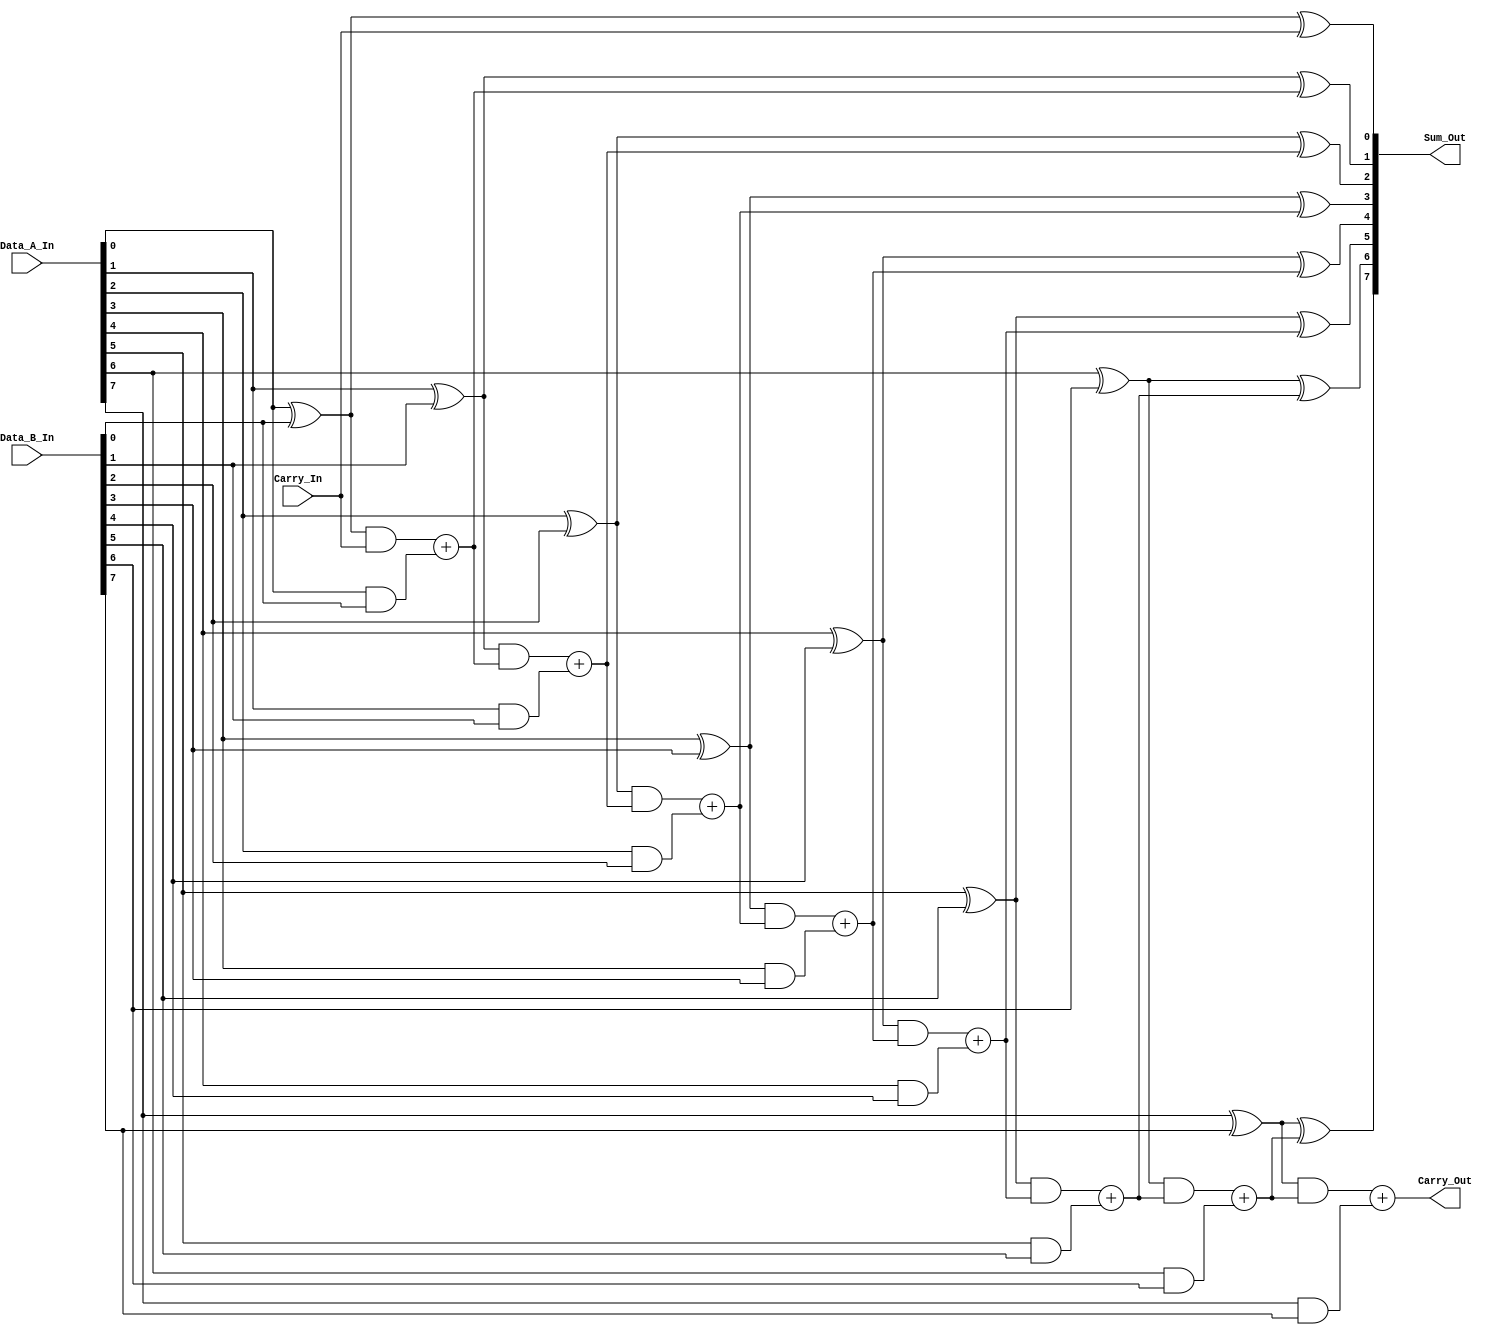
/*
**************************************************
        Look Ahead Carry Generator - 8-Bit
**************************************************

This is a verilog code, to implement a 8-Bit Look Ahead Carry Generator.

--------------------------------------------------
Author : Prasad Narayan Ghatol
--------------------------------------------------
*/



module Look_Ahead_Carry_Generator_8_Bit (
    input  [7:0] Data_A_In,
    input  [7:0] Data_B_In,
    input        Carry_In,

    output [7:0] Sum_Out,
    output       Carry_Out
);



// --------------------------------------------------
// wires and regs
// --------------------------------------------------
wire [7:0] P;
wire [7:0] G;
wire [7:0] C;



// --------------------------------------------------
// Carry Propogate
// --------------------------------------------------
assign P[0] = Data_A_In[0] ^ Data_B_In[0];
assign P[1] = Data_A_In[1] ^ Data_B_In[1];
assign P[2] = Data_A_In[2] ^ Data_B_In[2];
assign P[3] = Data_A_In[3] ^ Data_B_In[3];
assign P[4] = Data_A_In[4] ^ Data_B_In[4];
assign P[5] = Data_A_In[5] ^ Data_B_In[5];
assign P[6] = Data_A_In[6] ^ Data_B_In[6];
assign P[7] = Data_A_In[7] ^ Data_B_In[7];



// --------------------------------------------------
// Carry Generate
// --------------------------------------------------
assign G[0] = Data_A_In[0] & Data_B_In[0];
assign G[1] = Data_A_In[1] & Data_B_In[1];
assign G[2] = Data_A_In[2] & Data_B_In[2];
assign G[3] = Data_A_In[3] & Data_B_In[3];
assign G[4] = Data_A_In[4] & Data_B_In[4];
assign G[5] = Data_A_In[5] & Data_B_In[5];
assign G[6] = Data_A_In[6] & Data_B_In[6];
assign G[7] = Data_A_In[7] & Data_B_In[7];



// --------------------------------------------------
// Look Ahead Carry Generator - 8-Bit Logic
// --------------------------------------------------
assign C[0] = (P[0] & Carry_In) + G[0];
assign C[1] = (P[1] & ((P[0] & Carry_In) + G[0])) + G[1];
assign C[2] = (P[2] & ((P[1] & ((P[0] & Carry_In) + G[0])) + G[1])) + G[2];
assign C[3] = (P[3] & ((P[2] & ((P[1] & ((P[0] & Carry_In) + G[0])) + G[1])) + G[2])) + G[3];
assign C[4] = (P[4] & ((P[3] & ((P[2] & ((P[1] & ((P[0] & Carry_In) + G[0])) + G[1])) + G[2])) + G[3])) + G[4];
assign C[5] = (P[5] & ((P[4] & ((P[3] & ((P[2] & ((P[1] & ((P[0] & Carry_In) + G[0])) + G[1])) + G[2])) + G[3])) + G[4])) + G[5];
assign C[6] = (P[6] & ((P[5] & ((P[4] & ((P[3] & ((P[2] & ((P[1] & ((P[0] & Carry_In) + G[0])) + G[1])) + G[2])) + G[3])) + G[4])) + G[5])) + G[6];
assign C[7] = (P[7] & ((P[6] & ((P[5] & ((P[4] & ((P[3] & ((P[2] & ((P[1] & ((P[0] & Carry_In) + G[0])) + G[1])) + G[2])) + G[3])) + G[4])) + G[5])) + G[6])) + G[7];


assign Carry_Out = C[7];


assign Sum_Out[0] = P[0] ^ Carry_In;
assign Sum_Out[1] = P[1] ^ C[0];
assign Sum_Out[2] = P[2] ^ C[1];
assign Sum_Out[3] = P[3] ^ C[2];
assign Sum_Out[4] = P[4] ^ C[3];
assign Sum_Out[5] = P[5] ^ C[4];
assign Sum_Out[6] = P[6] ^ C[5];
assign Sum_Out[7] = P[7] ^ C[6];



endmodule